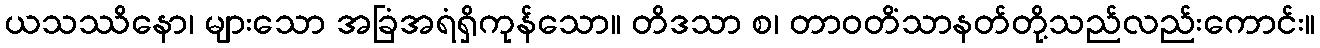
ယသဿိနော၊ များသော အခြံအရံရှိကုန်သော။ တိဒသာ စ၊ တာဝတိံသာနတ်တို့သည်လည်းကောင်း။